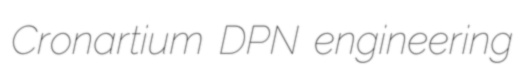
Cronartium DPN engineering